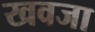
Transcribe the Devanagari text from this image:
खवजा